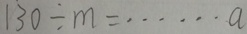
1 3 0 \div m = \cdots a